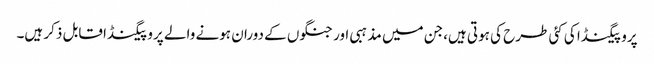
پروپیگنڈا کی کئی طرح کی ہوتی ہیں،جن میں مذہبی اور جنگوں کے دوران ہونے والے پروپیگنڈا قابل ذکر ہیں۔